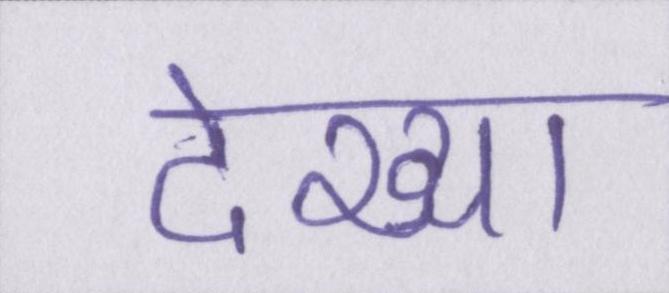
देख्या